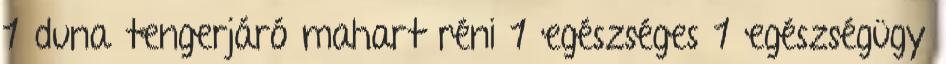
1 duna tengerjáró mahart réni 1 egészséges 1 egészségügy